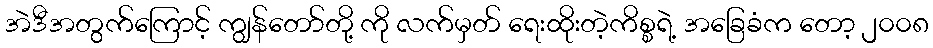
အဲဒီအတွက်ကြောင့် ကျွန်တော်တို့ ကို လက်မှတ် ရေးထိုးတဲ့ကိစ္စရဲ့ အခြေခံက တော့ ၂၀၀၈